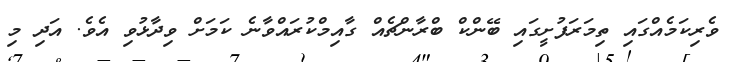
ވެރިކަމެއްގައި ތިމަރަފުށީގައި ބޭންކް ބްރާންޗެއް ގާއިމްކުރައްވާނެ ކަމަށް ވިދާޅުވި އެވެ. އަދި މި